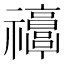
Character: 𥜭